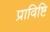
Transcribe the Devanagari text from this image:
प्राविष्टि